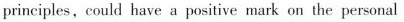
principles ,could have a positive mark on the personal